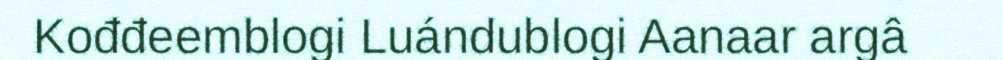
Kođđeemblogi Luándublogi Aanaar argâ